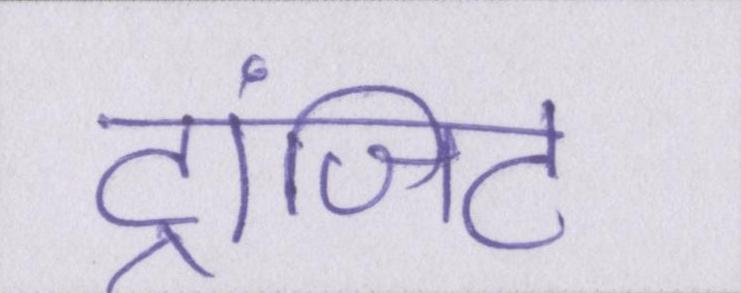
ट्रांजिट